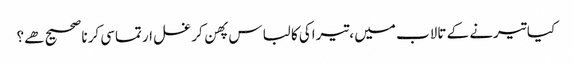
﻿ کیا تیرنے کے تالاب میں ،تیراکی کا لباس پهن کر غسل ارتماسی کرنا صحیح هے؟